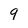
Character: 9